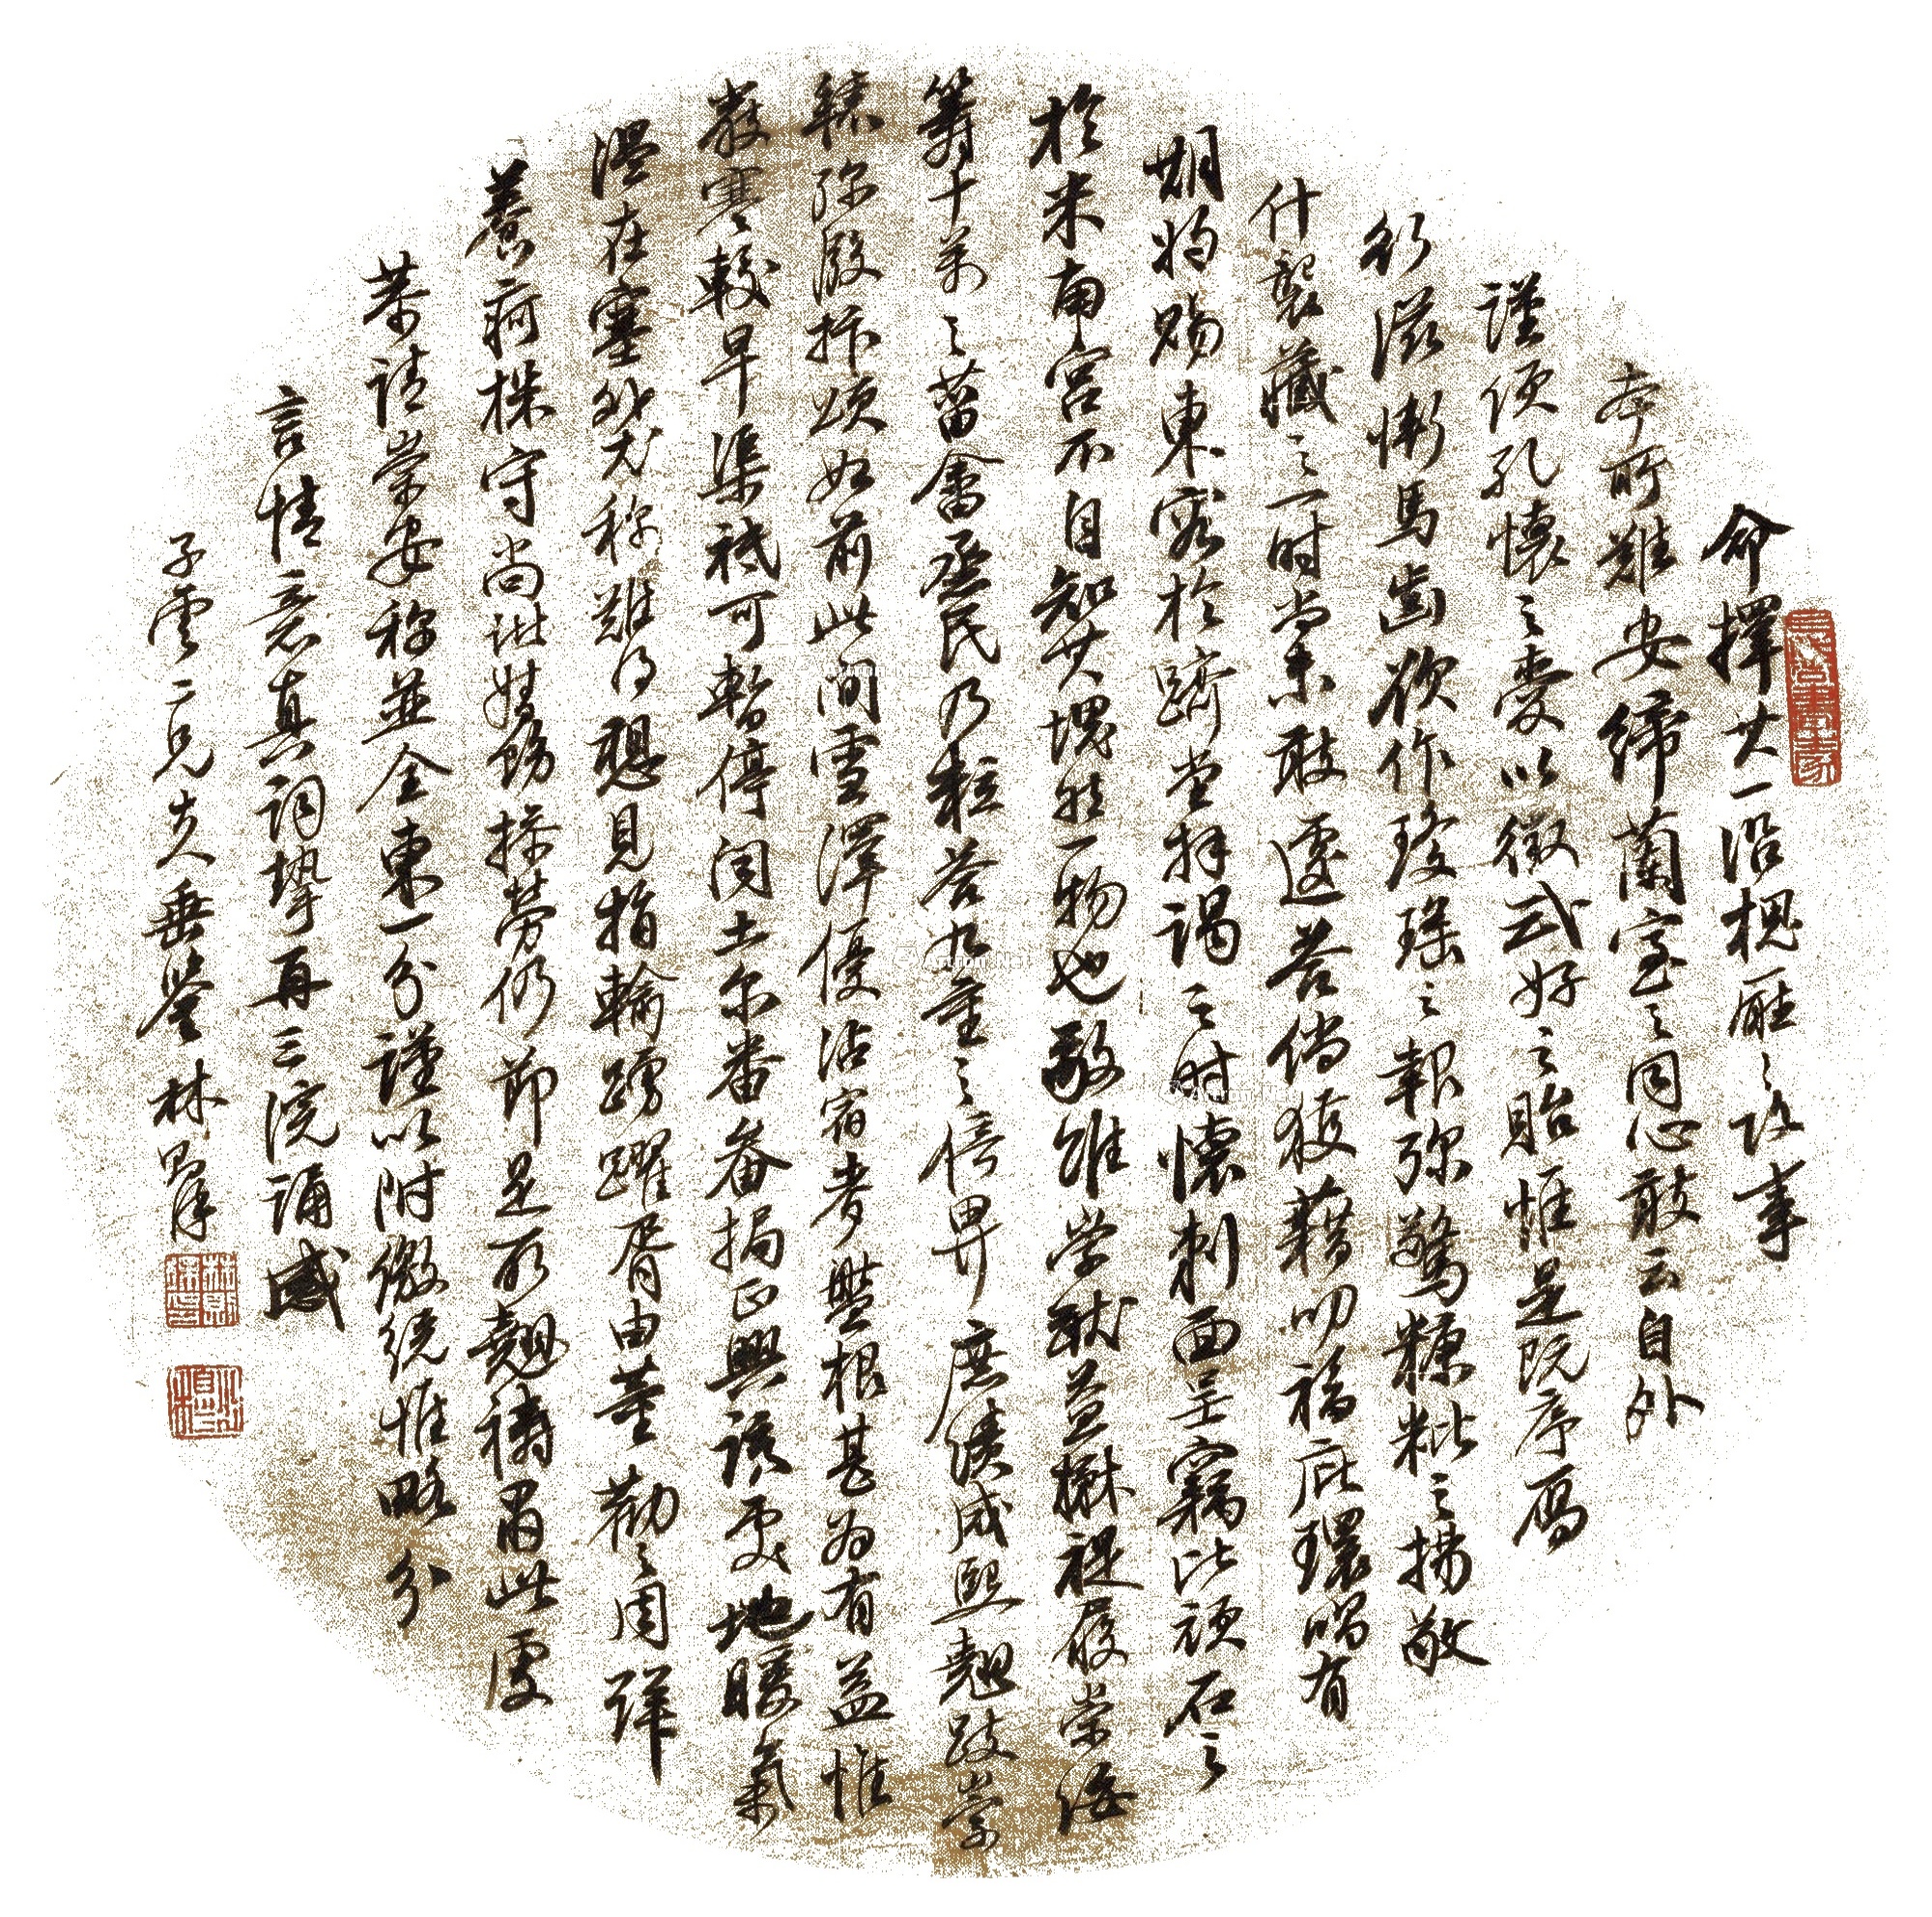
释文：命择其一，沿槐厅之攻事，不所难安；缔兰室之同心，敢云自外？谨偠孔怀之爱，以征式好之贻，惟是既序雁行，滋惭马齿。欲作琼瑶之报，弥惊糠粃之扬。敬什袭藏之，一时当未敢遽答，倘获籍叨福庇，环唱有期，将赐东容于跻堂拜谒之时，怀刺面呈，窃比顽石之于米南宫，不自知其块然一物也。敬维崇猷益楙，禔履崇绥。筹十万之蒥畬，丞民乃粒，答九重之倚畀，庶绩咸熙。翘跂崇辕，弥殷抃颂如前此间雪泽尤沾，宿麦盘根，甚为有益，惟严寒较早，渠祗可暂停。闻土尔畚正兴诱处地暖气温，在塞外尤称难得，想见捐输踊跃，胥由董劝之周详，养疴株守尚诸督饬，操劳仍节，是所翘祷。肃此虔恭请崇安，称并全柬一分谨以附缴，统惟略分言情，意真词挚，再三浣诵，感……子云二兄大人垂鉴，林则徐。